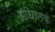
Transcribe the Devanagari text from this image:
आघातक